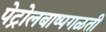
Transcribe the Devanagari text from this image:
पेट्रोलबाष्पगळती